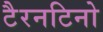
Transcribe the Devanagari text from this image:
टैरनटिनो